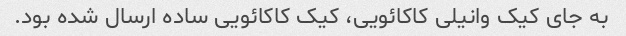
به جای کیک وانیلی کاکائویی، کیک کاکائویی ساده ارسال شده بود.